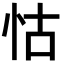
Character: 怙